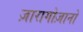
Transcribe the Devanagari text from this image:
ज़ारागोज़ानो